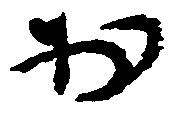
於